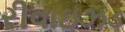
રીવાઇઝડ